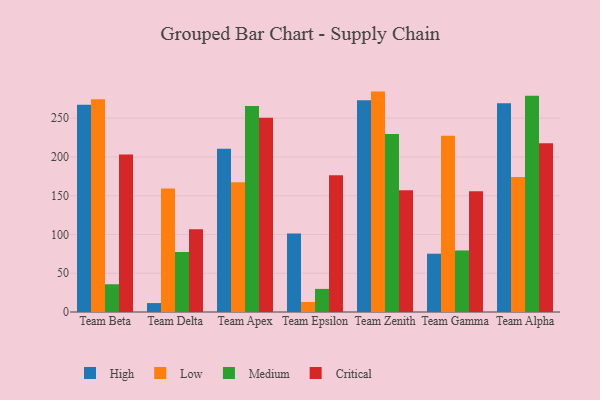
{"axis": {"x": "Team", "y": "Tickets Resolved"}, "legend": ["Critical", "High", "Low", "Medium"], "data": [{"x": "Team Beta", "y": 267.2, "type": "High"}, {"x": "Team Beta", "y": 274.4, "type": "Low"}, {"x": "Team Beta", "y": 35.8, "type": "Medium"}, {"x": "Team Beta", "y": 203.3, "type": "Critical"}, {"x": "Team Delta", "y": 11.5, "type": "High"}, {"x": "Team Delta", "y": 159.4, "type": "Low"}, {"x": "Team Delta", "y": 77.4, "type": "Medium"}, {"x": "Team Delta", "y": 106.8, "type": "Critical"}, {"x": "Team Apex", "y": 210.7, "type": "High"}, {"x": "Team Apex", "y": 167.4, "type": "Low"}, {"x": "Team Apex", "y": 265.7, "type": "Medium"}, {"x": "Team Apex", "y": 250.5, "type": "Critical"}, {"x": "Team Epsilon", "y": 101.1, "type": "High"}, {"x": "Team Epsilon", "y": 12.9, "type": "Low"}, {"x": "Team Epsilon", "y": 29.8, "type": "Medium"}, {"x": "Team Epsilon", "y": 176.5, "type": "Critical"}, {"x": "Team Zenith", "y": 273.1, "type": "High"}, {"x": "Team Zenith", "y": 284.3, "type": "Low"}, {"x": "Team Zenith", "y": 229.6, "type": "Medium"}, {"x": "Team Zenith", "y": 157.1, "type": "Critical"}, {"x": "Team Gamma", "y": 75.2, "type": "High"}, {"x": "Team Gamma", "y": 227.5, "type": "Low"}, {"x": "Team Gamma", "y": 79.4, "type": "Medium"}, {"x": "Team Gamma", "y": 155.8, "type": "Critical"}, {"x": "Team Alpha", "y": 269.2, "type": "High"}, {"x": "Team Alpha", "y": 174.0, "type": "Low"}, {"x": "Team Alpha", "y": 279.0, "type": "Medium"}, {"x": "Team Alpha", "y": 217.8, "type": "Critical"}]}